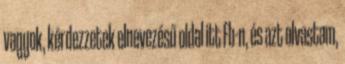
vagyok, kérdezzetek elnevezésű oldal itt Fb-n, és azt olvastam,